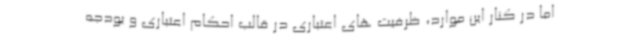
اما در کنار این موارد، ظرفیت های اعتباری در قالب احکام اعتباری و بودجه